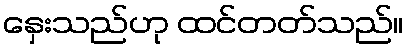
နှေးသည်ဟု ထင်တတ်သည်။